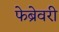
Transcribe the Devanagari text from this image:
फेब्रेवरी